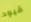
قيود